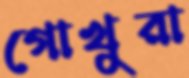
গোখুরা